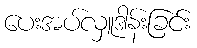
ပေးအပ်လှူဒါန်းခြင်း